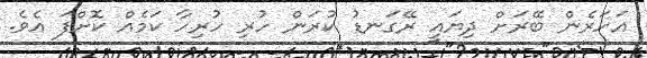
އަހަރެން ބޭރަށް ދިޔައީ ރޭގަނޑު ކުރަން ހުރި ހުރިހާ ކަމެއް ކޮށްފަ އެވެ.